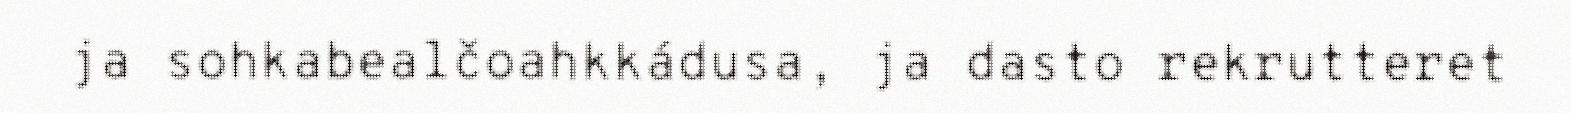
ja sohkabealčoahkkádusa, ja dasto rekrutteret